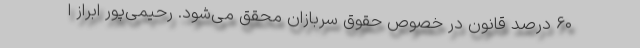
۶۰ درصد قانون در خصوص حقوق سربازان محقق می‌شود. رحیمی‌پور ابراز ا